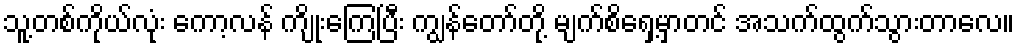
သူ့တစ်ကိုယ်လုံး ကော့လန် ကျိုးကြေပြီး ကျွန်တော်တို့ မျက်စိရှေ့မှာတင် အသက်ထွက်သွားတာလေ။